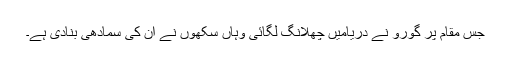
جس مقام پر گورو نے دریامیں چھلانگ لگائی وہاں سکھوں نے ان کی سمادھی بنادی ہے۔